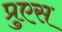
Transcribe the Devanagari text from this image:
प्रुएस